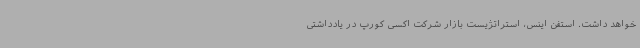
خواهد داشت. استفن اینس، استراتژیست بازار شرکت اکسی کورپ در یادداشتی